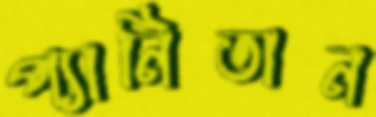
প্যানিতান